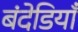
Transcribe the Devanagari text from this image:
बंदेडियाँ